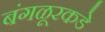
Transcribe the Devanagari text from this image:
बंगळूरकडे